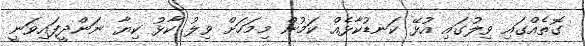
ގޮތެއްގައި ވިލުގައި އުޅޭ ކަނޑުކާޅެއް ކަމުން މިމަހަށް ވިލު ކާޅު ކިޔާ ނަންދީފައިވަނީ